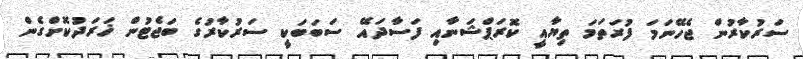
ސަރުކާރުން ޖެހޭނަމަ ފުރަތަމަ ތިޔާއީ ކޮރަޕްޝަނާއި ފަސާދައޭ ސަބަބަކީ ސަރުކާރުގެ ބަޖެޓުން ޚަރަދުކޮށްގެން